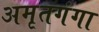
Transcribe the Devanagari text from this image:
अमृतगंगा